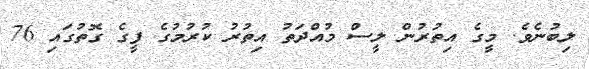
ލިބުނެވެ. މީގެ އިތުރުން ލީސް މުއްދަތު އިތުރު ކުރުމުގެ ފީގެ ގޮތުގައި 76